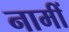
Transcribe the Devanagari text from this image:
नामीं